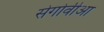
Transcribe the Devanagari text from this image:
सेगोवीआ